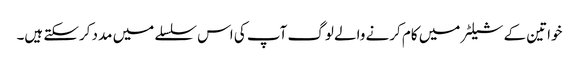
خواتین کے شیلٹر میں کام کرنے والے لوگ آپ کی اس سلسلے میں مدد کرسکتے ہیں۔